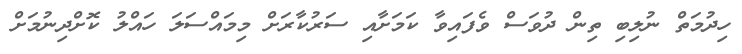
ހިދުމަތް ނުލިބި ތިން ދުވަސް ވެފައިވާ ކަމަށާއި ސަރުކާރަށް މިމައްސަލަ ހައްލު ކޮށްދިނުމަށް